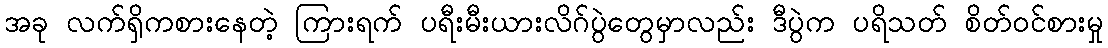
အခု လက်ရှိကစားနေတဲ့ ကြားရက် ပရီးမီးယားလိဂ်ပွဲတွေမှာလည်း ဒီပွဲက ပရိသတ် စိတ်ဝင်စားမှု